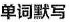
单词默写